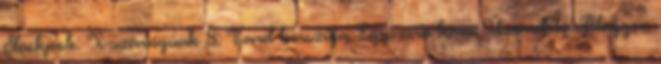
Stackpole: X-szárnyúak 8: Isard bosszúja Egyszerű téma. Üzemeltető: Blogger.